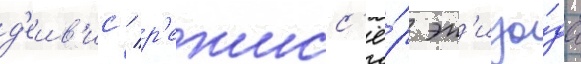
д'еив'ис / р'ежисс'ё́р эп'изо́да